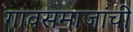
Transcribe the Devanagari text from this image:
गावसमाजांची